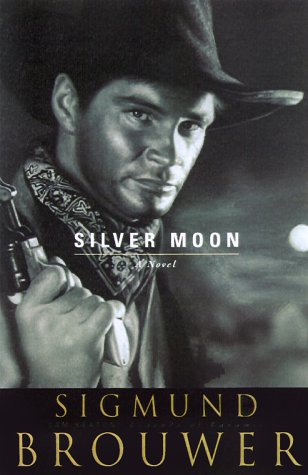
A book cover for Silver Moon (Sam Keaton: Legends of Laramie); Sigmund Brouwer; Religion & Spirituality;